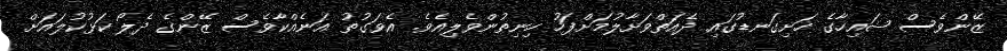
ޒޭންވެސް ޝައިހާގެ ހަށިގަނޑުގައި ދެއަތްވަށާލުމަށްފަހު ހިނިތުންވެލިއެވެ. އެވަގުތު އަނެއްކާވެސް ޒޭންގެ ދެލޯ ކަޅުކުލައަށް